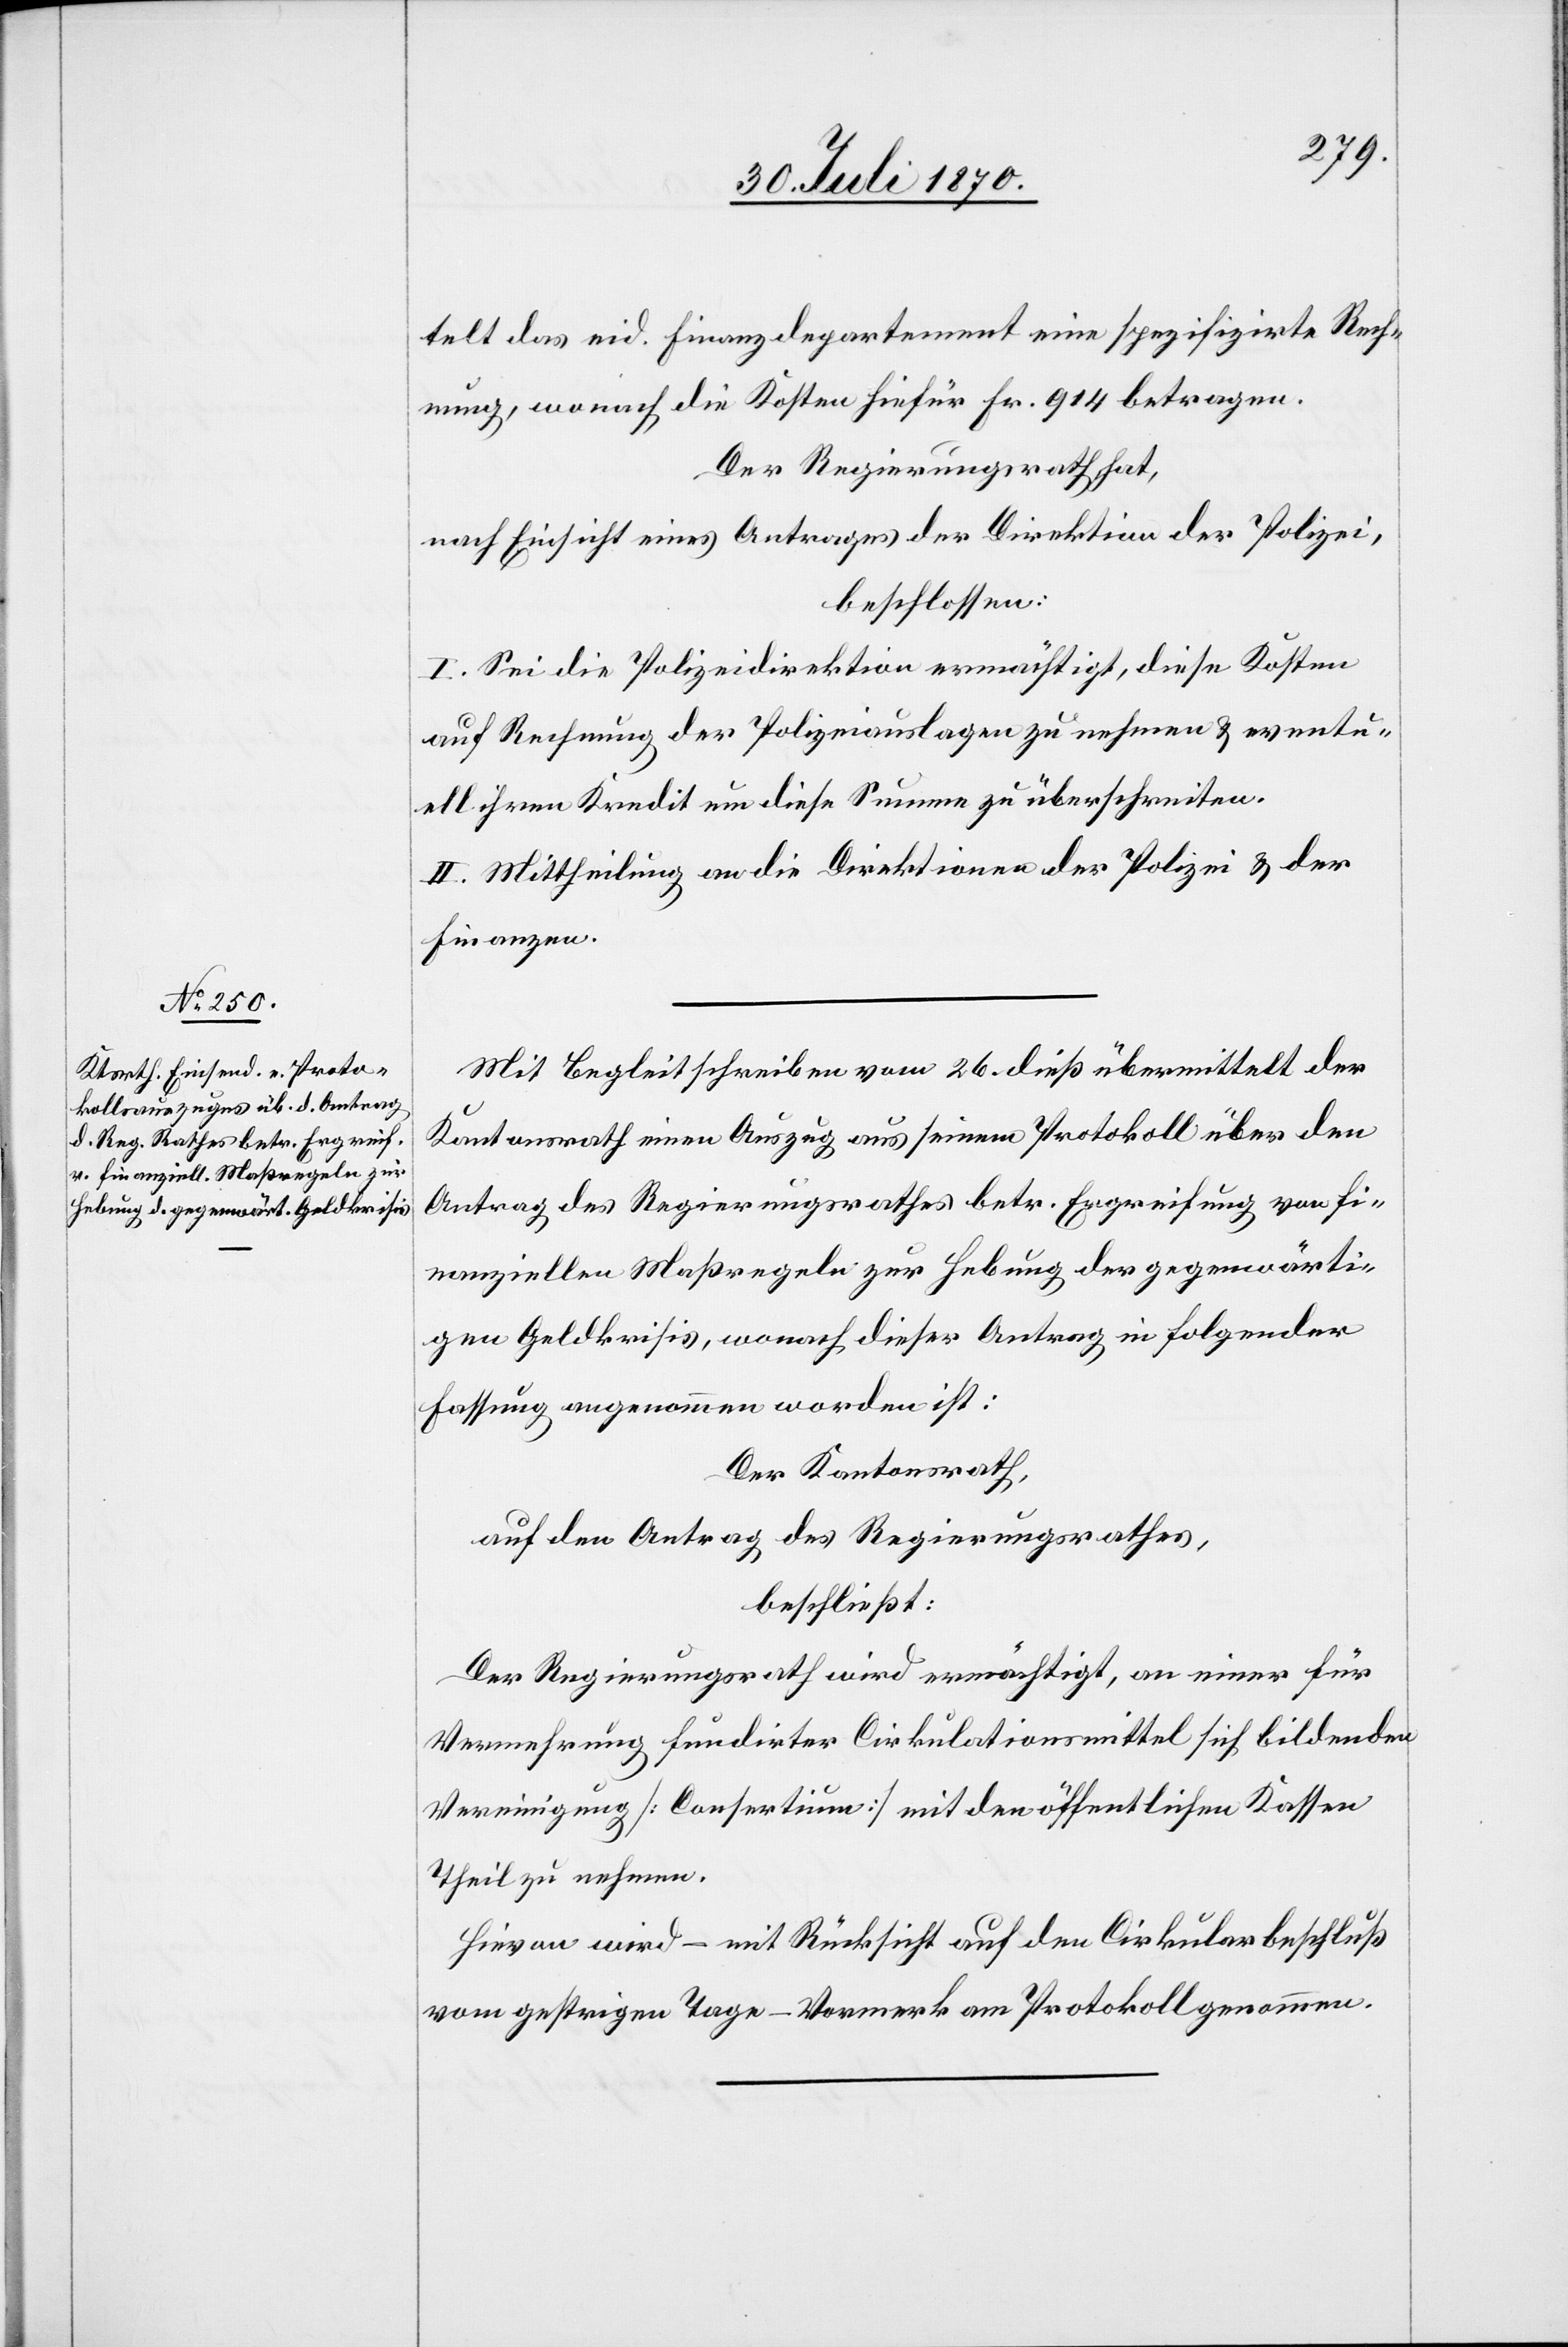
telt das eid. Finanzdepartement eine spezifizirte Rech¬
nung, wonach die Kosten hiefür Fr. 914 betragen.
Der Regierungsrath hat,
nach Einsicht eines Antrages der Direktion der Polizei,
beschlossen:
I. Sei die Polizeidirektion ermächtigt, diese Kosten
auf Rechnung der Polizeiauslagen zu nehmen & eventu¬
ell ihren Kredit um diese Summe zu überschreiten.
II. Mittheilung an die Direktionen der Polizei & der
Finanzen.
Mit Begleitschreiben vom 26. dieß übermittelt der
Kantonsrath einen Auszug aus seinem Protokoll über den
Antrag des Regierungsrathes betr. Ergreifung von fi¬
nanziellen Maßregeln zur Hebung der gegenwärti¬
gen Geldkrisis, wonach dieser Antrag in folgender
Fassung angenommen worden ist:
Der Kantonsrath,
auf den Antrag des Regierungsrathes,
beschließt:
Der Regierungsrath wird ermächtigt, an einer für
Vermehrung fundirter Cirkulationsmittel sich bildenden
Vereinigung [Consertium] [sic!] mit den öffentlichen Kassen
Theil zu nehmen.
Hievon wird – mit Rücksicht auf den Cirkulationsbeschluß
vom gestrigen Tage – Vormerk am Protokoll genommen.